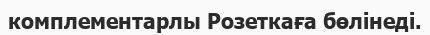
комплементарлы Розеткаға бөлінеді.